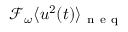
\mathcal { F } _ { \omega } \langle u ^ { 2 } ( t ) \rangle _ { \mathrm { ~ n ~ e ~ q ~ } }